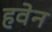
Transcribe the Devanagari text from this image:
हवेन